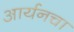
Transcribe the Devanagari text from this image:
आर्यनचा